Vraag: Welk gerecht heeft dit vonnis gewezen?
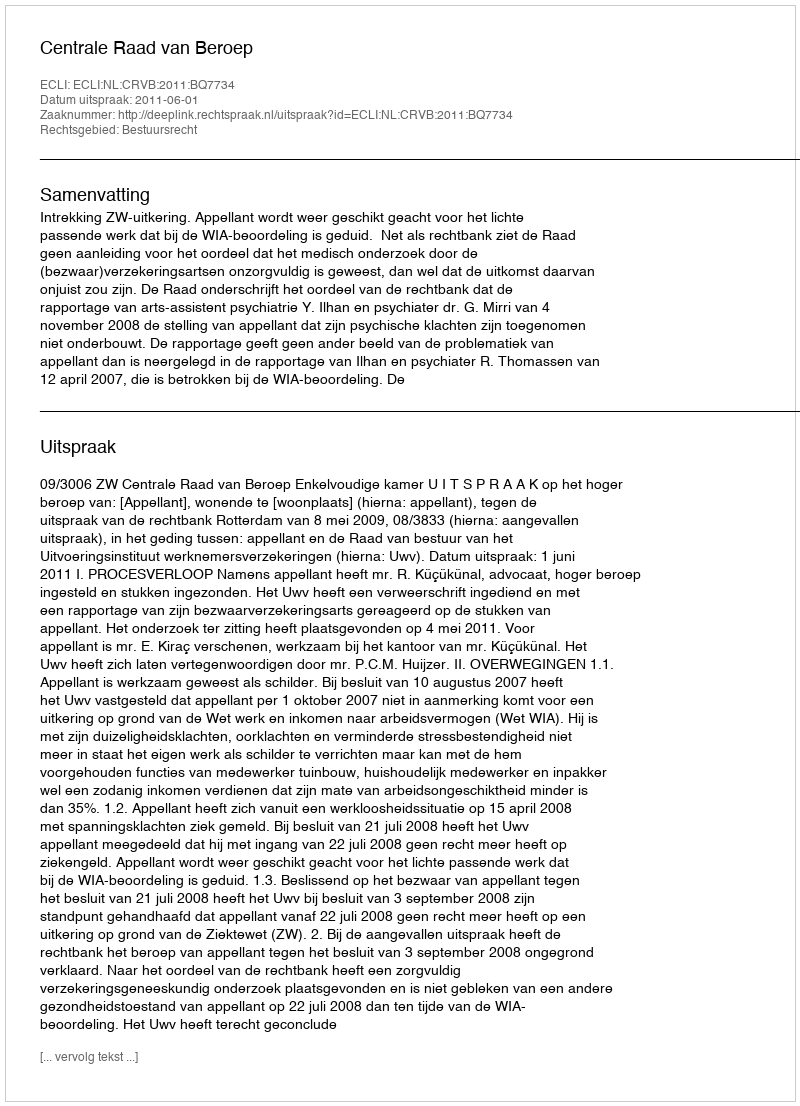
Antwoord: Centrale Raad van Beroep